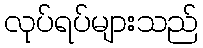
လုပ်ရပ်များသည်